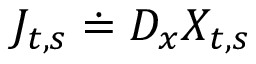
J _ { t , s } \doteq D _ { x } X _ { t , s }